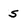
Character: 5